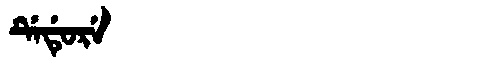
Manchu: ᡩᡝᡩᡠᡵᡝ
Romanization: DEDURE